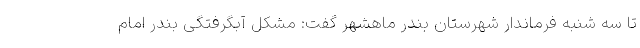
تا سه شنبه فرماندار شهرستان بندر ماهشهر گفت: مشکل آبگرفتگی بندر امام